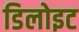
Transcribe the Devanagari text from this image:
डिलोइट